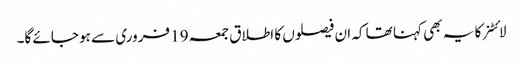
لائٹنر کا یہ بھی کہنا تھا کہ ان فیصلوں کا اطلاق جمعہ 19 فروری سے ہو جائے گا۔